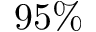
9 5 \%